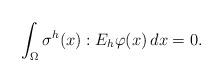
LaTeX: \begin{align*} \int_{\Omega} \sigma^h(x) : E_{h}\varphi(x) \,dx = 0.\end{align*}